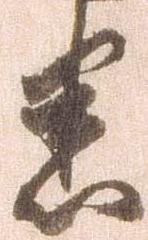
悉